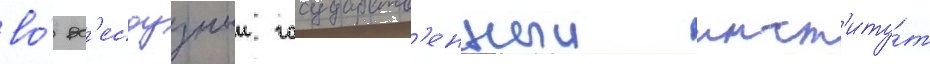
во́ вс'есоузныи государств'енныи инст'иту́т